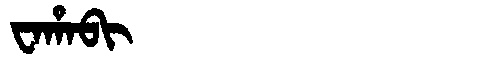
Manchu: ᠸᠠᡥᠠᠪᡳ
Romanization: WAHABI